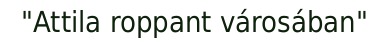
"Attila roppant városában"